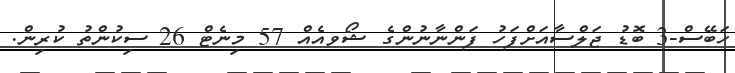
ހަބޭސް-3 ބޮޑު ޖަލްސާއަށްފަހު ފަންނާނުންގެ ޝޯވއެއް 57 މިނެޓް 26 ސިކުންތު ކުރިން.